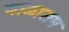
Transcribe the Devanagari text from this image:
बाळाराम